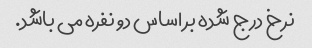
نرخ درج شده بر اساس دو نفره می باشد.